NAE_kihelkonnakohtute_kirjad_ja_protokollid_1869-1889, lk 5
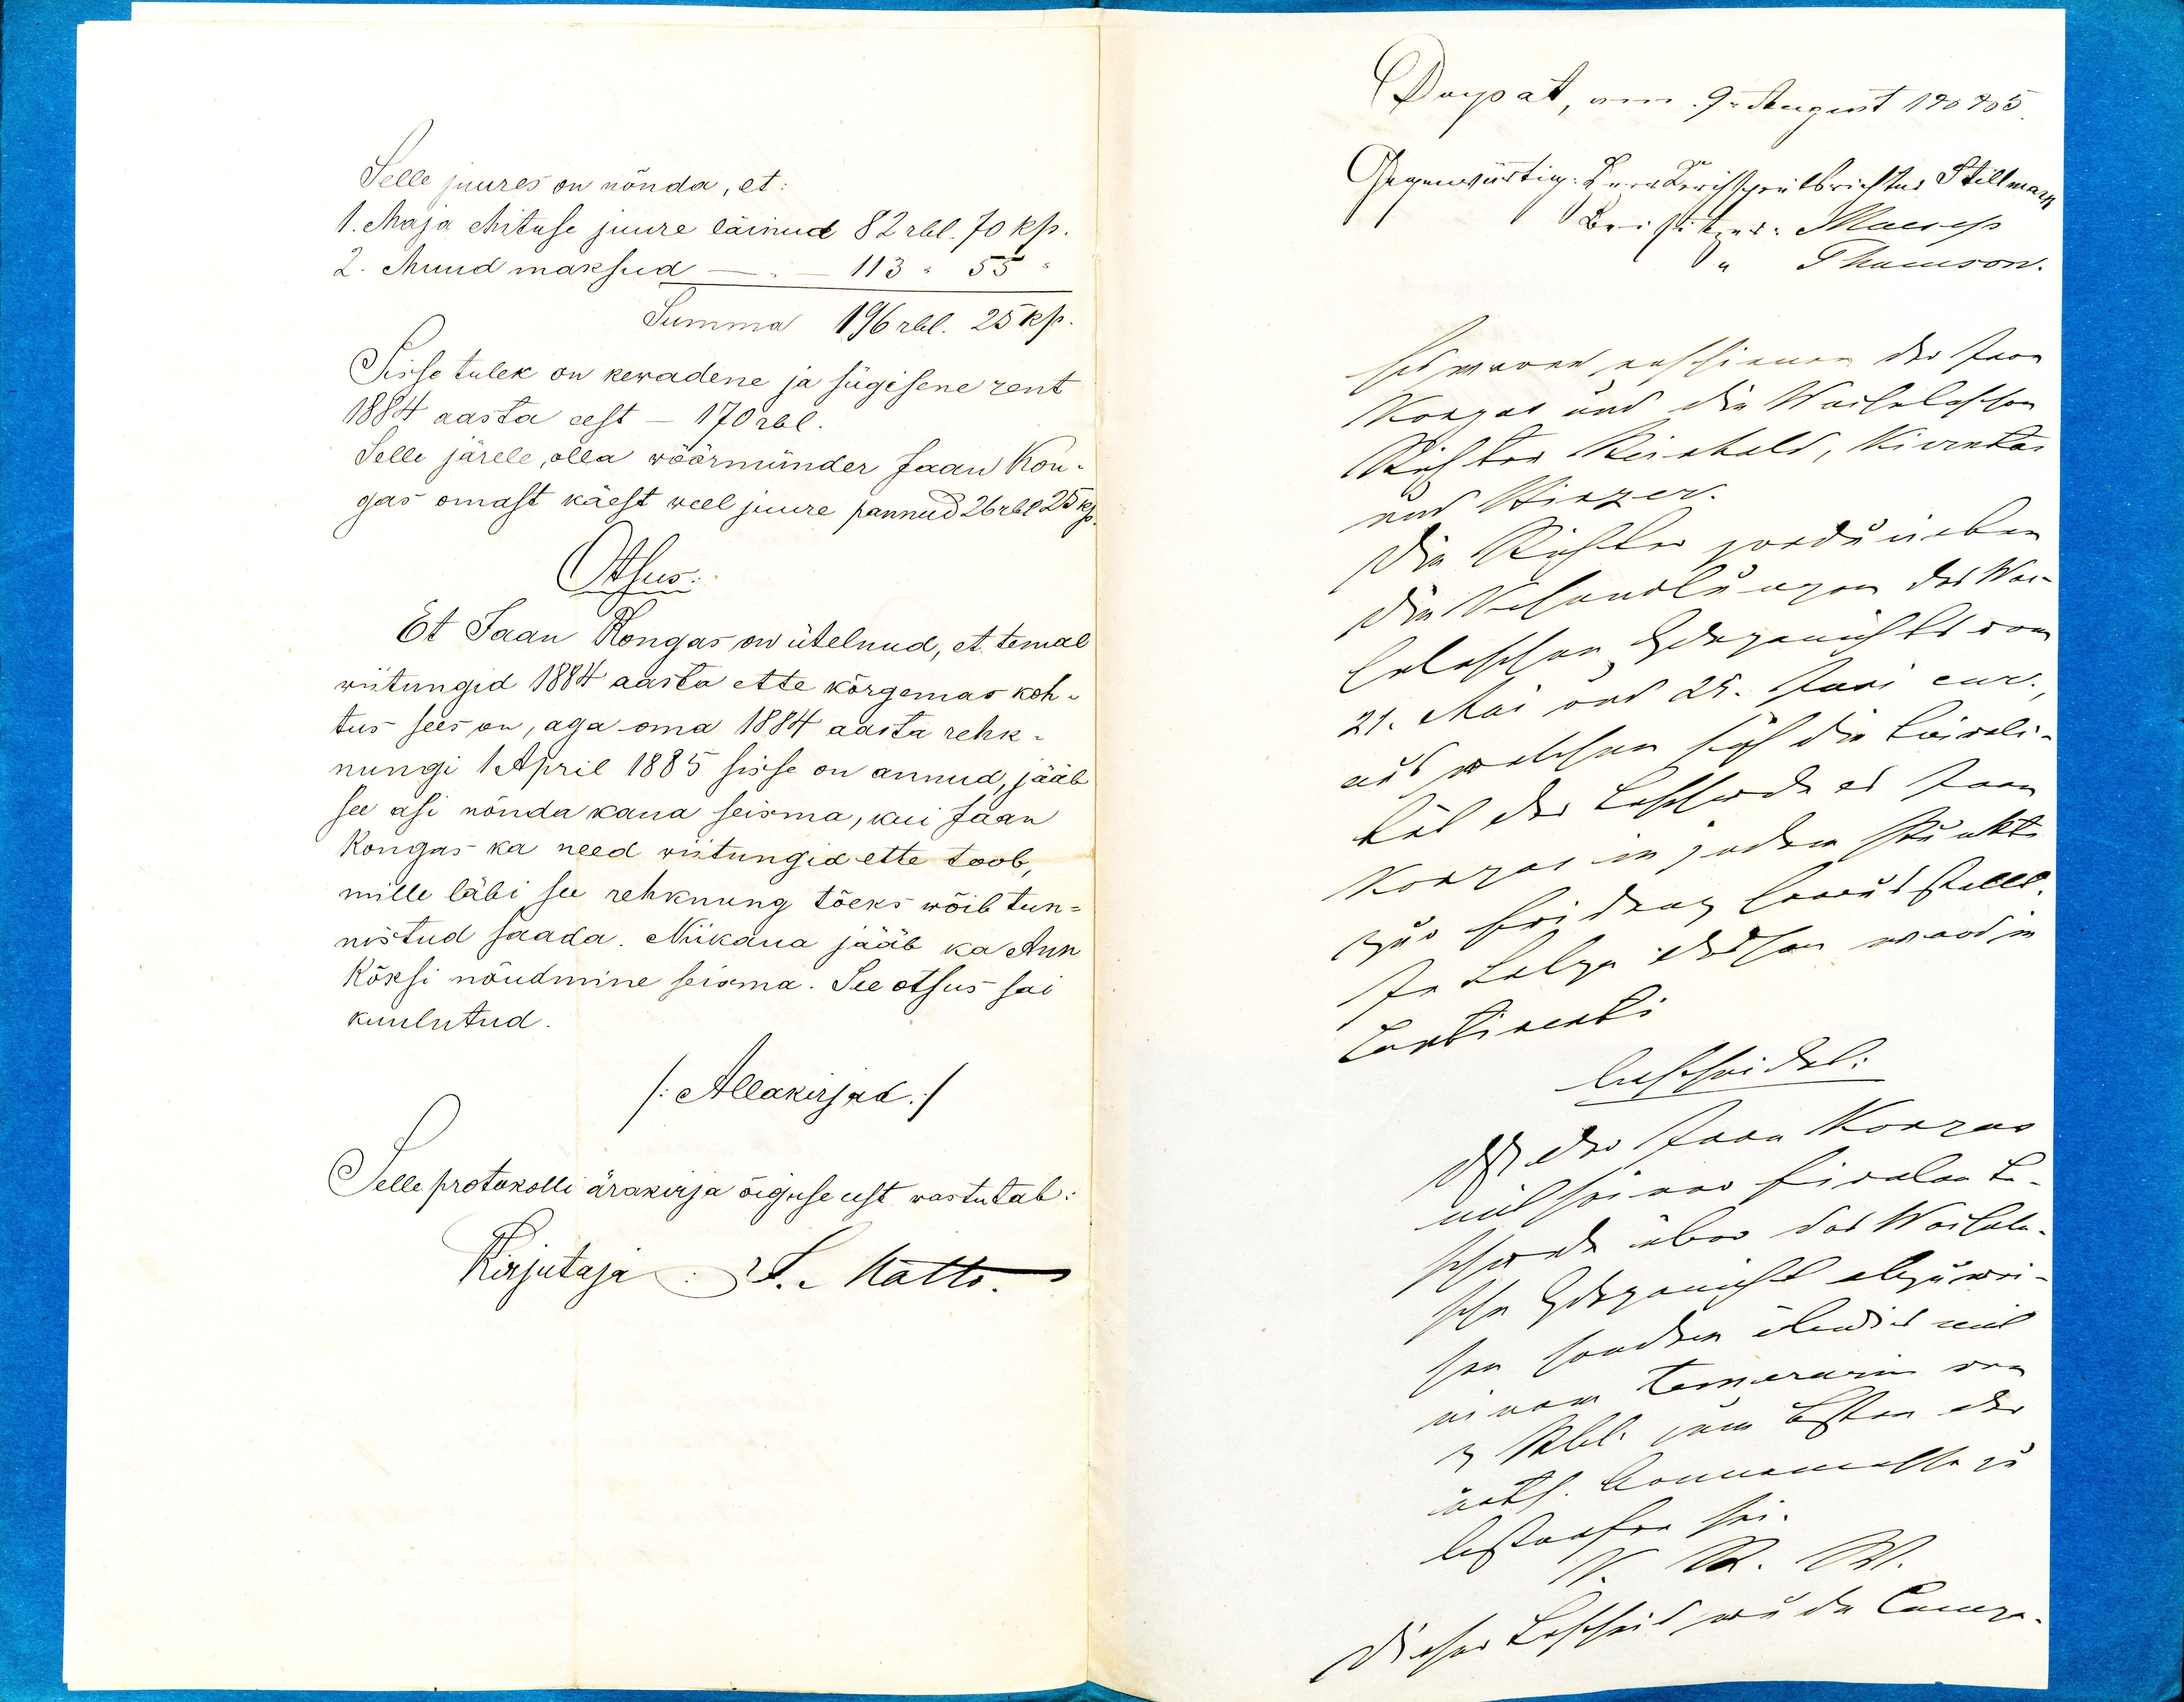
Selle juures on nõnda, et:
1. Maja ehituse juure läinud 82 rbl.70 kp.
113 " 55 "
2. Muud maksud
Summa 196 rbl. 25 kp.
Sisse tulek on kewadene ja sügisene rent
1884 aasta eest 170 rbl.
Selle järele olla wöörmünder Jaan Kon-
gas omast käest weel juure pannud 26 rbl 25 kp.
Otsus:
Et Jaan Kongas on ütelnud, et temal
wiitungid 1884 aasta ette kõrgemas koh-
tus sees on, aga oma 1884 aasta rehk-
nungi 1 April 1885 sisse on annud, jääb
see asi nõndakaua seisma, kui Jaan
Kongas ka need wiitungid ette toob,
mille läbi see rehknung tõeks võib tun-
nistud saada. Niikaua jääb ka Ann
Kõksi nõudmine seisma. See otsus sai
kuulutud
/Allkirjad/
Selle protokolli ärakirja õiguse eest wastutab: